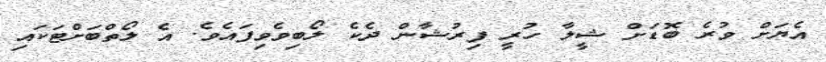
އެޔަށް ވުރެ ބޮޑަށް ޝީލާ ހުރީ ފިރުޝާން ދެކެ ލޯބިވެވިފައެވެ. އެ ލޯތްބަށްޓަކައި